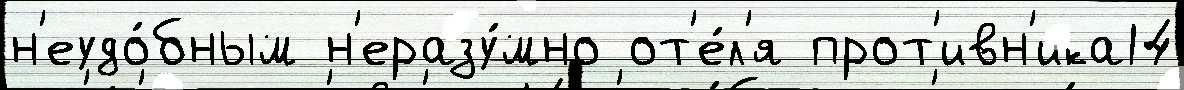
н'еудо́бным н'еразу́мно от'е́л'я прот'ивн'ика14